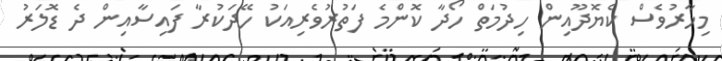
މިހާރުވެސް ކެޔޮދޫއިން ހިދުމަތް ހޯދާ ކޮންމެ ފަތުރުވެރިއަކު ހޭދަކުރާ ފައިސާއިން ދެ ޑޮލަރު